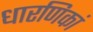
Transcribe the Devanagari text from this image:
धारणिकां